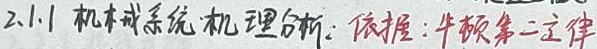
2.1.1 机械系统机理分析：依据：牛顿第二定律